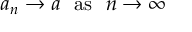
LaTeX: a _ { n } \to a \ \ { \mathrm { a s } } \ \ n \to \infty